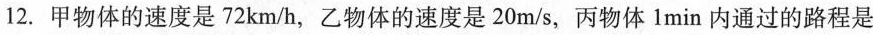
12.甲物体的速度是72km/h，乙物体的速度是20m/s，丙物体1min内通过的路程是